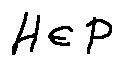
H \in P